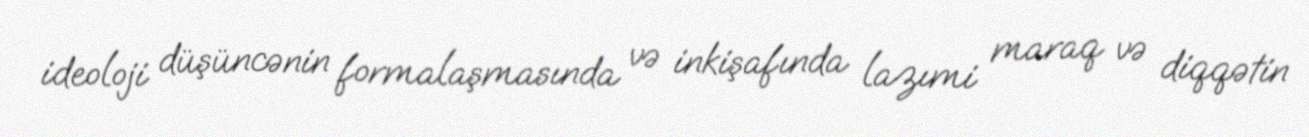
ideoloji düşüncənin formalaşmasında və inkişafında lazımi maraq və diqqətin